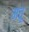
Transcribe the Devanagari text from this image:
मत्तू